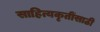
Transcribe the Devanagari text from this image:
साहित्यकृतींसाठी